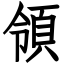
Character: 領